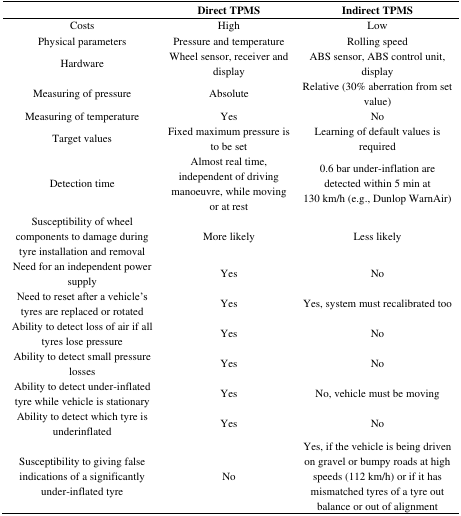
<table><thead><tr><td></td><td><b>Direct TPMS</b></td><td><b>Indirect TPMS</b></td></tr></thead><tbody><tr><td>Costs</td><td>High</td><td>Low</td></tr><tr><td>Physical parameters</td><td>Pressure and temperature</td><td>Rolling speed</td></tr><tr><td>Hardware</td><td>Wheel sensor, receiver and display</td><td>ABS sensor, ABS control unit, display</td></tr><tr><td>Measuring of pressure</td><td>Absolute</td><td>Relative (30% aberration from set value)</td></tr><tr><td>Measuring of temperature</td><td>Yes</td><td>No</td></tr><tr><td>Target values</td><td>Fixed maximum pressure is to be set</td><td>Learning of default values is required</td></tr><tr><td>Detection time</td><td>Almost real time, independent of driving manoeuvre, while moving or at rest</td><td>0.6 bar under-inflation are detected within 5 min at 130 km/h (e.g., Dunlop WarnAir)</td></tr><tr><td>Susceptibility of wheel components to damage during tyre installation and removal</td><td>More likely</td><td>Less likely</td></tr><tr><td>Need for an independent power supply</td><td>Yes</td><td>No</td></tr><tr><td>Need to reset after a vehicle&#x27;s tyres are replaced or rotated</td><td>Yes</td><td>Yes, system must recalibrated too</td></tr><tr><td>Ability to detect loss of air if all tyres lose pressure</td><td>Yes</td><td>No</td></tr><tr><td>Ability to detect small pressure losses</td><td>Yes</td><td>No</td></tr><tr><td>Ability to detect under-inflated tyre while vehicle is stationary</td><td>Yes</td><td>No, vehicle must be moving</td></tr><tr><td>Ability to detect which tyre is underinflated</td><td>Yes</td><td>No</td></tr><tr><td>Susceptibility to giving false indications of a significantly under-inflated tyre</td><td>No</td><td>Yes, if the vehicle is being driven on gravel or bumpy roads at high speeds (112 km/h) or if it has mismatched tyres of a tyre out balance or out of alignment</td></tr></tbody></table>